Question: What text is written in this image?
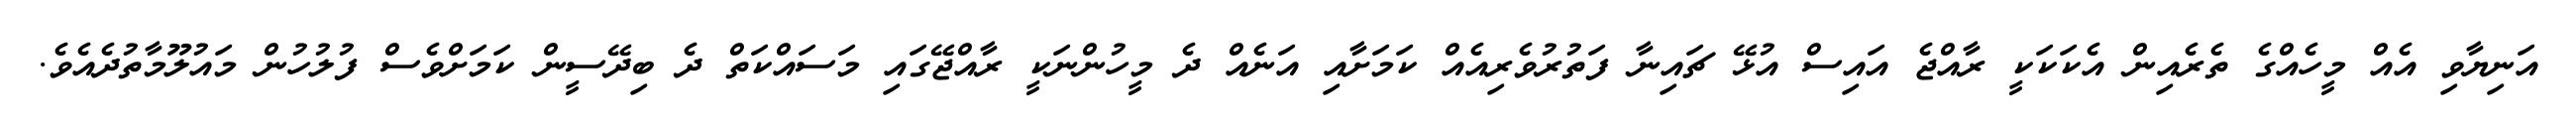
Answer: އަނިޔާވި އެއް މީހެއްގެ ތެރެއިން އެކަކަކީ ރާއްޖެ އައިސް އުޅޭ ޗައިނާ ފަތުރުވެރިއެއް ކަމަށާއި އަނެއް ދެ މީހުންނަކީ ރާއްޖޭގައި މަސައްކަތް ދެ ބިދޭސީން ކަމަށްވެސް ފުލުހުން މައުލޫމާތުދެއެވެ.